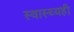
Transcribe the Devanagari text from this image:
स्वास्थ्यही